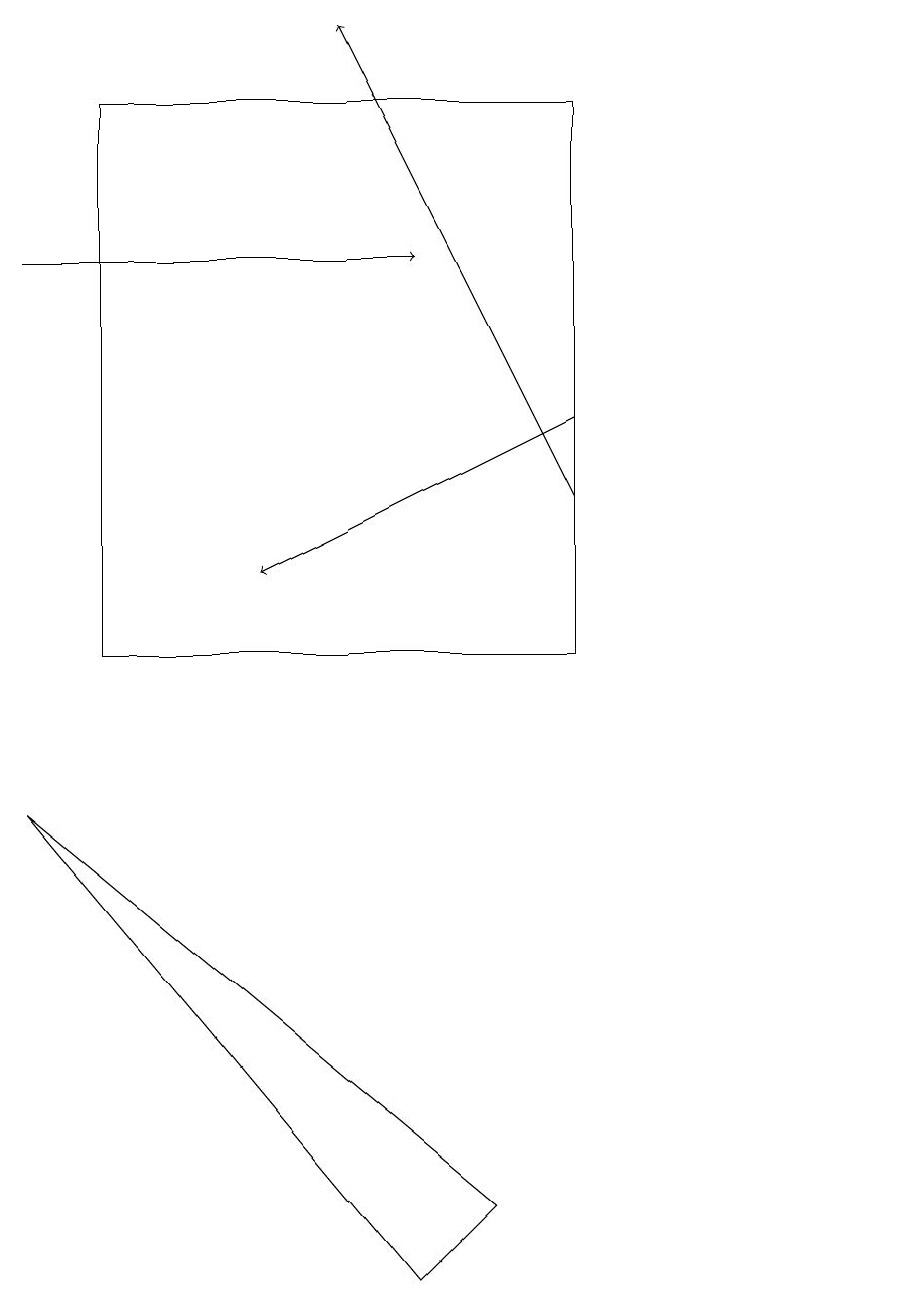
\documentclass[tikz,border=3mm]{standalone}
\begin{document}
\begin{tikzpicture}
\draw[->] (7,13) -- (3,11);
\draw (11,10) circle (0);
\draw (1,10) rectangle (7,17);
\draw[->] (7,12) -- (4,18);
\draw[->] (0,15) -- (5,15);
\draw (6,3) -- (5,2) -- (0,8) -- cycle;
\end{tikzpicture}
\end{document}